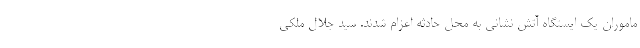
ماموران یک ایستگاه آتش نشانی به محل حادثه اعزام شدند. سید جلال ملکی